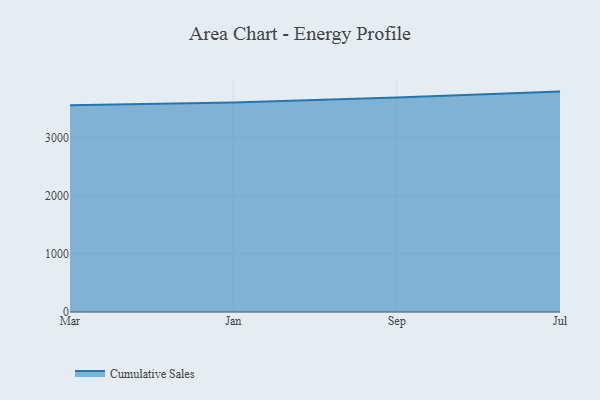
{"axis": {"x": "Month", "y": "Energy Usage (MWh)"}, "legend": ["Cumulative Sales"], "data": [{"x": "Mar", "y": 3560.3, "type": "Cumulative Sales"}, {"x": "Jan", "y": 3607.4, "type": "Cumulative Sales"}, {"x": "Sep", "y": 3691.7, "type": "Cumulative Sales"}, {"x": "Jul", "y": 3795.0, "type": "Cumulative Sales"}]}